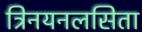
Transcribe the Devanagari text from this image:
त्रिनयनलसिता